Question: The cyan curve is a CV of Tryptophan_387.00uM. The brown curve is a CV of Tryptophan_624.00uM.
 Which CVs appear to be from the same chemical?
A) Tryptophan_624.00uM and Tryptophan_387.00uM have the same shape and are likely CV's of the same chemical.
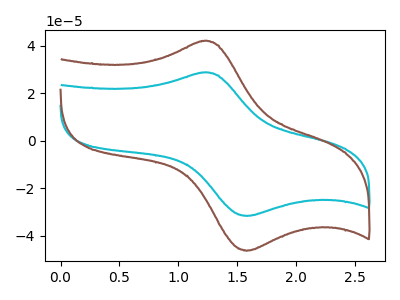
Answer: <think>The cyan curve "Tryptophan_387.00uM" has an anodic peak at (1.20V, 28.70uA) and a cathodic peak at (1.60V, -31.70uA). The brown curve "Tryptophan_624.00uM" has an anodic peak at (1.20V, 42.00uA) and a cathodic peak at (1.60V, -46.35uA).
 All the peaks in "Tryptophan_387.00uM" have a peak in "Tryptophan_624.00uM" at the same potential. Every peak in "Tryptophan_387.00uM" is lower than every peak in "Tryptophan_624.00uM".</think>
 <answer>A) "Tryptophan_624.00uM" and "Tryptophan_387.00uM" have the same shape and are likely CV's of the same chemical.</answer>
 <eval>A</eval>